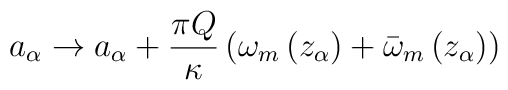
a_{\alpha} \rightarrow a_{\alpha} + \frac{\pi Q}{\kappa}\left(\omega_{m}\left(z_{\alpha}\right) + \bar{\omega}_{m}\left(z_{\alpha}\right) \right)